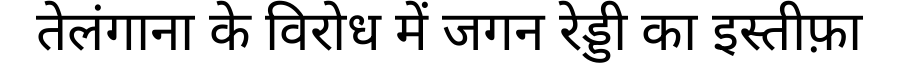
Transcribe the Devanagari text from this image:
तेलंगाना के विरोध में जगन रेड्डी का इस्तीफ़ा